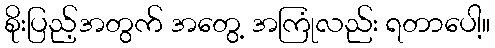
စိုးပြည့်အတွက် အတွေ့ အကြုံလည်း ရတာပေါ့။